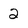
Character: 2